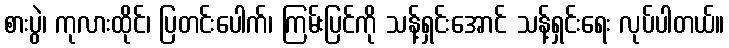
စားပွဲ၊ ကုလားထိုင်၊ ပြတင်းပေါက်၊ ကြမ်းပြင်ကို သန့်ရှင်းအောင် သန့်ရှင်းရေး လုပ်ပါတယ်။